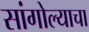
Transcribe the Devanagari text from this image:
सांगोल्याचा